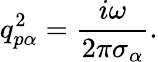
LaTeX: q_{p\alpha}^{2}=\frac{i\omega}{2\pi{{\sigma}_{\alpha}}}.